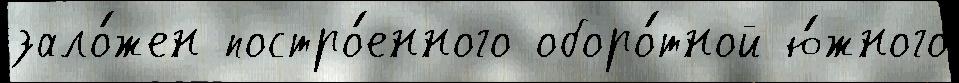
зало́жен постро́енного оборо́тной ю́жного